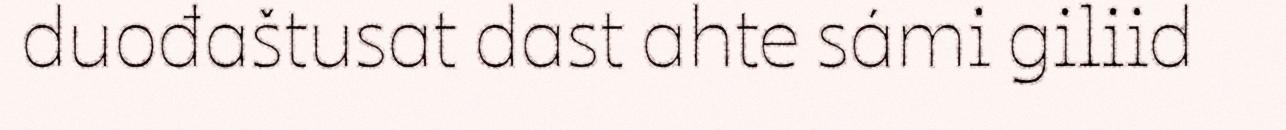
duođaštusat dast ahte sámi giliid